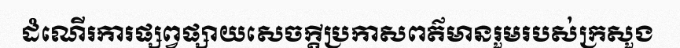
ដំណើរការផ្សព្វផ្សាយសេចក្តីប្រកាសពត៌មានរួមរបស់ក្រសួង